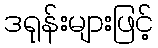
ဒရုန်းများဖြင့်